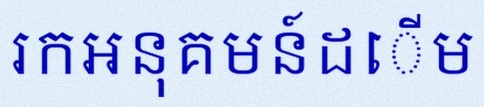
រកអនុគមន៍ដើម